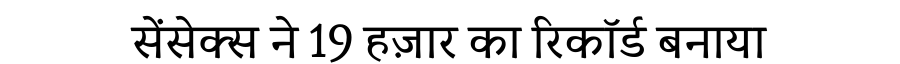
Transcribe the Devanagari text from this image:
सेंसेक्स ने 19 हज़ार का रिकॉर्ड बनाया